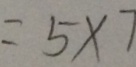
= 5 \times 7